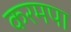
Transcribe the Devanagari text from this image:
करमपा